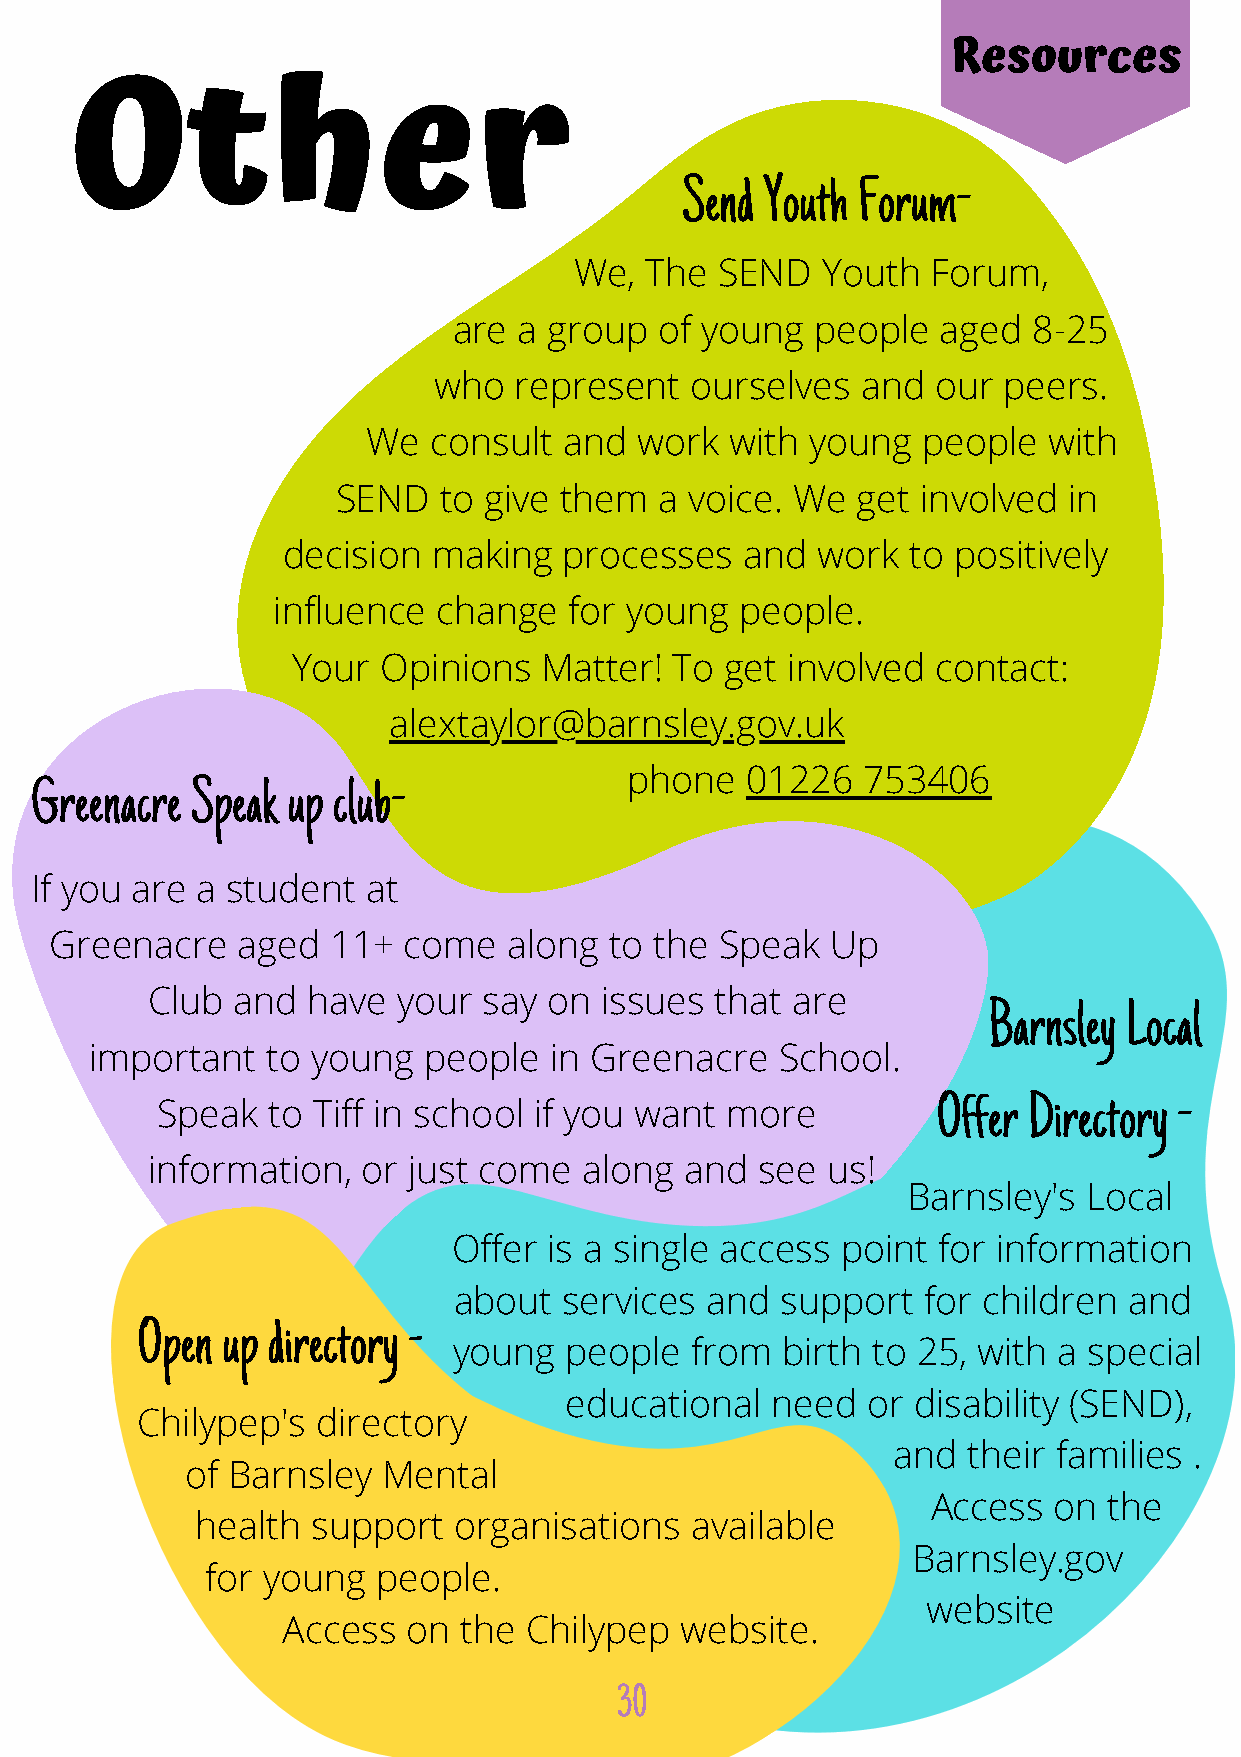
Resources
 Other
 Send Youth Forum-
 We, The  SEND   Youth  Forum,
 are a group  of young  people   aged  8-25
 who   represent  ourselves   and our  peers.
 We  consult  and  work  with young   people  with
 SEND   to give them  a voice. We  get involved  in
 decision  making   processes   and  work  to positively
 influence change   for young  people.
 Your  Opinions  Matter!  To  get involved contact:
 alextaylor@barnsley.gov.uk
 phone   01226   753406
 Greenacre Speak  up club-
 If you are a student  at
 Greenacre   aged  11+  come   along  to the Speak   Up
 Club  and  have  your  say on issues  that are
 Barnsley Local
 important   to young   people  in Greenacre   School.
 Offer Directory -
 Speak  to Tiff in school if you want  more
 information,   or just come  along  and  see us!
 Barnsley's Local
 Offer  is a single access point  for information
 about  services and  support   for children and
 Open up directory -
 young   people  from  birth to 25, with  a special
 educational   need  or disability (SEND),
 Chilypep's directory
 and  their families .
 of Barnsley  Mental
 Access  on  the
 health  support   organisations  available
 Barnsley.gov
 for young  people.
 website
 Access  on  the Chilypep   website.
 30